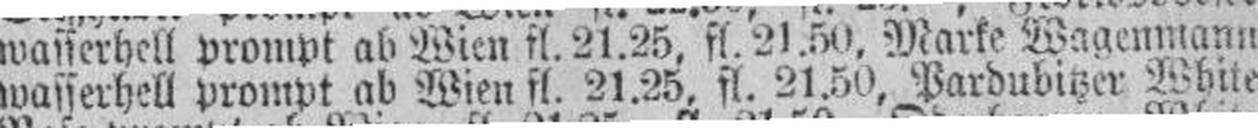
wasserhell prompt ab Wien fl. 21.25, fl. 21.50, Pardubitzer White